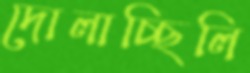
দোলাচ্ছিলি